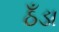
ઠઁડા